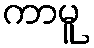
ကာမူ